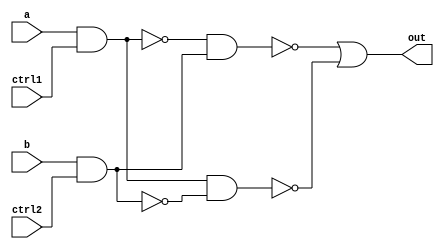
module XOR_gate (
    input a,
    input b,
    input ctrl1,
    input ctrl2,
    output out
);

assign out = ~(~(a & ctrl1) & (b & ctrl2)) | ~(a & ctrl1 & ~(b & ctrl2));

endmodule